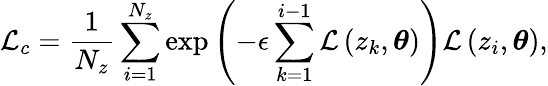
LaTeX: \mathcal{L}_{c}=\frac{1}{N_{z}}\sum_{i=1}^{N_{z}}\exp\left(-\epsilon\sum_{k=1}^{i-1}\mathcal{L}\left(z_{k},\boldsymbol{\theta}\right)\right)\mathcal{L}\left(z_{i},\boldsymbol{\theta}\right),